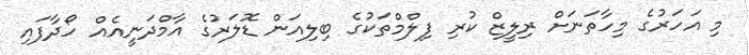
މި އަހަރުގެ މިހާތަނަށް ރިލީޒް ކުރި ފިލްމްތަކުގެ ބިލިއަން ޑޮލަރުގެ އާމްދަނީއެއް ހޯދާފައި